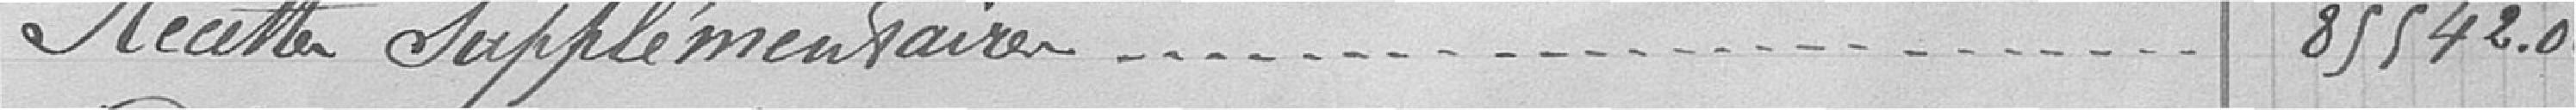
Recettes supplémentaires.....85542.08